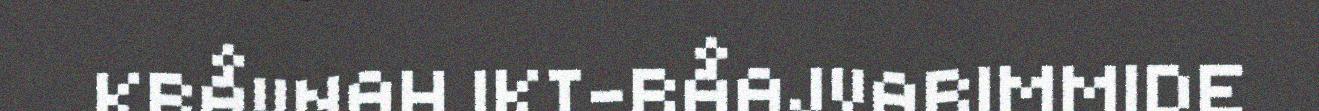
KRÅVNAH IKT-RÅAJVARIMMIDE